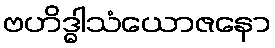
ဗဟိဒ္ဓါသံယောဇနော